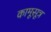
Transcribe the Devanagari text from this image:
कामूसूत्र